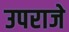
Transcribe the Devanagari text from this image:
उपराजे